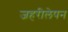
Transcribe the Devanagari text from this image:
जहरीलेपन